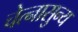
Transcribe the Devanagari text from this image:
चेत्नासुन्य